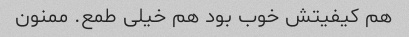
هم کیفیتش خوب بود هم خیلی طمع. ممنون